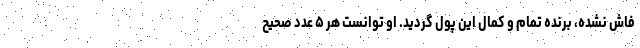
فاش نشده، برنده تمام و کمال این پول گردید. او توانست هر ۵ عدد صحیح